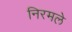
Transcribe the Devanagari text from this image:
निरमले